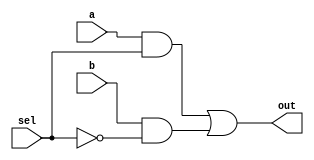
`timescale 1ns / 1ps

module Mux2(input wire a,input wire b,input wire sel,output wire out);
	wire temp[1:0];
	and( temp[1] , a , sel );
	and( temp[0] , b , ~sel );
	or( out , temp[1] , temp[0] );
endmodule

module Mux4(input wire [3:0] a,input wire [1:0] sel,output wire out);
	wire temp[1:0];
	Mux2 m1 (a[3],a[2],sel[0],temp[1]);
	Mux2 m2 (a[1],a[0],sel[0],temp[0]);
	Mux2 m3 (temp[1],temp[0],sel[1],out);
endmodule

module Mux8(input wire [7:0] a,input wire [2:0] sel,output wire out);
	wire temp[1:0];
	Mux4 m1 (a[7:4],sel[1:0],temp[1]);
	Mux4 m2 (a[3:0],sel[1:0],temp[0]);
	Mux2 m3 (temp[1],temp[0],sel[2],out);
endmodule